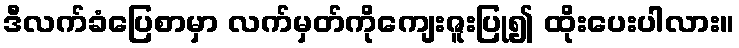
ဒီလက်ခံပြေစာမှာ လက်မှတ်ကိုကျေးဇူးပြု၍ ထိုးပေးပါလား။